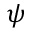
\psi